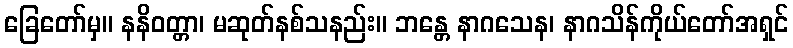
ခြေတော်မှ။ နနိဝတ္တာ၊ မဆုတ်နစ်သနည်း။ ဘန္တေ နာဂသေန၊ နာဂသိန်ကိုယ်တော်အရှင်